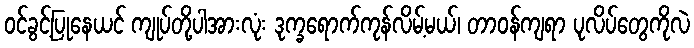
ဝင်ခွင့်ပြုနေယင် ကျုပ်တို့ပါအားလုံး ဒုက္ခရောက်ကုန်လိမ့်မယ်၊ တာဝန်ကျရာ ပုလိပ်တွေကိုလဲ